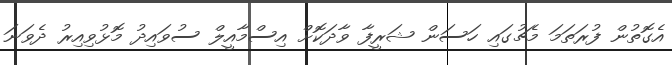
އެގޮތުން ފުރަތަމަ މެޗުގައި ހަސަން ޝަރީފާ ވާދަކޮށް އިސްމާއީލް ސުވައިދު މޮޅުވިއިރު ދެވަނަ